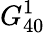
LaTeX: G_{40}^{1}